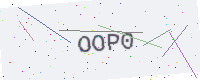
Text: OOP0